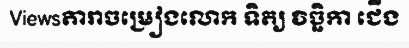
Viewsតារាចម្រៀងលោក ទិត្យ វិច្ឆិកា ជើង